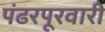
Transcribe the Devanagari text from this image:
पंढरपूरवारी